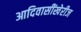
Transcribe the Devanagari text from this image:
आदिवासींखेरीज